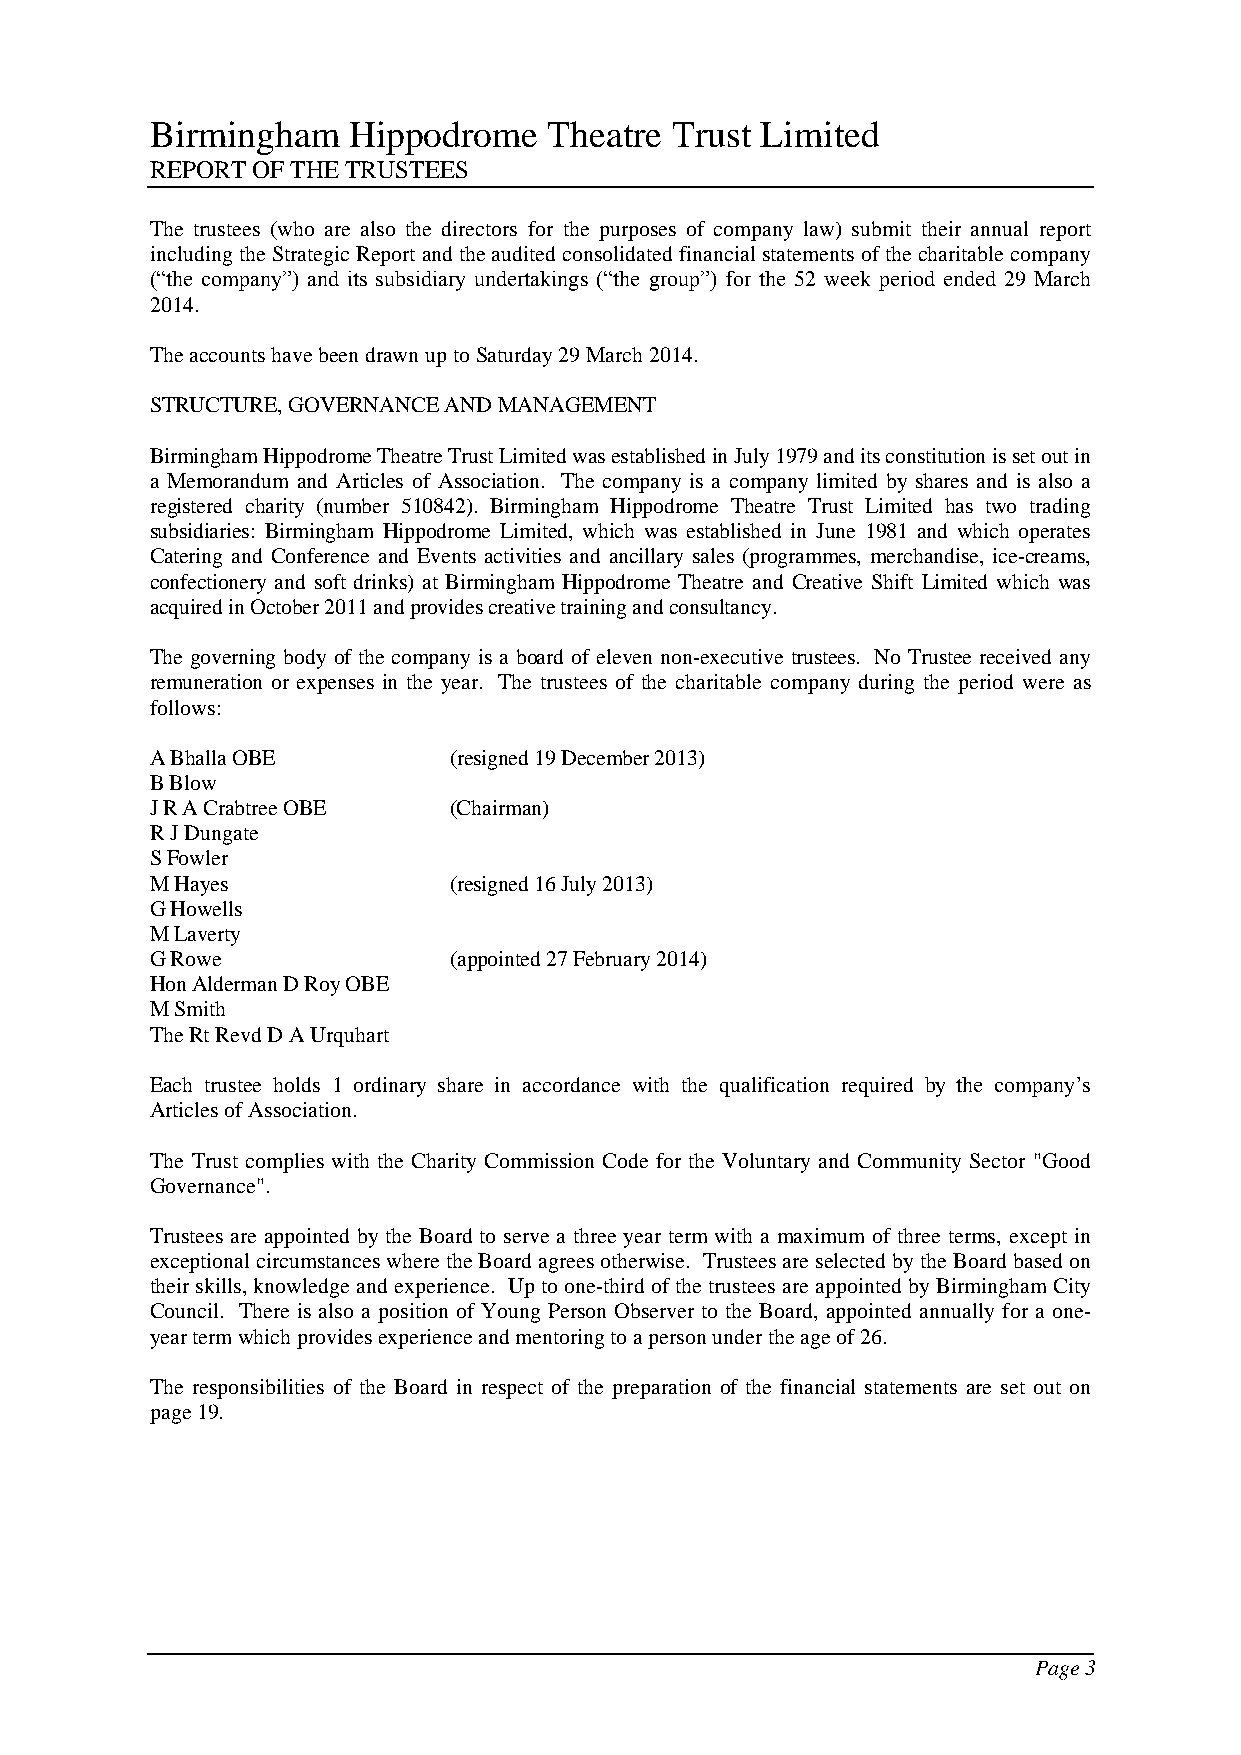
Birmingham   Hippodrome   Theatre Trust Limited
 REPORT OF THE TRUSTEES
 The trustees (who are also the directors for the purposes of company law) submit their annual report
 including the Strategic Report and the audited consolidated financial statements of the charitable company
 (“the company”) and its subsidiary undertakings (“the group”) for the 52 week period ended 29 March
 2014.
 The accounts have been drawn up to Saturday 29 March 2014.
 STRUCTURE, GOVERNANCE AND MANAGEMENT
 Birmingham Hippodrome Theatre Trust Limited was established in July 1979 and its constitution is set out in
 a Memorandum and Articles of Association. The company is a company limited by shares and is also a
 registered charity (number 510842). Birmingham Hippodrome Theatre Trust Limited has two trading
 subsidiaries: Birmingham Hippodrome Limited, which was established in June 1981 and which operates
 Catering and Conference and Events activities and ancillary sales (programmes, merchandise, ice-creams,
 confectionery and soft drinks) at Birmingham Hippodrome Theatre and Creative Shift Limited which was
 acquired in October 2011 and provides creative training and consultancy.
 The governing body of the company is a board of eleven non-executive trustees. No Trustee received any
 remuneration or expenses in the year. The trustees of the charitable company during the period were as
 follows:
 A Bhalla OBE        (resigned 19 December 2013)
 B Blow
 J R A Crabtree OBE  (Chairman)
 R J Dungate
 S Fowler
 M Hayes             (resigned 16 July 2013)
 G Howells
 M Laverty
 G Rowe              (appointed 27 February 2014)
 Hon Alderman D Roy OBE
 M Smith
 The Rt Revd D A Urquhart
 Each trustee holds 1 ordinary share in accordance with the qualification required by the company’s
 Articles of Association.
 The Trust complies with the Charity Commission Code for the Voluntary and Community Sector "Good
 Governance".
 Trustees are appointed by the Board to serve a three year term with a maximum of three terms, except in
 exceptional circumstances where the Board agrees otherwise. Trustees are selected by the Board based on
 their skills, knowledge and experience. Up to one-third of the trustees are appointed by Birmingham City
 Council. There is also a position of Young Person Observer to the Board, appointed annually for a one-
 year term which provides experience and mentoring to a person under the age of 26.
 The responsibilities of the Board in respect of the preparation of the financial statements are set out on
 page 19.
 Page 3